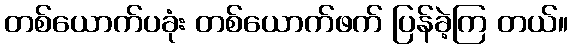
တစ်ယောက်ပခုံး တစ်ယောက်ဖက် ပြန်ခဲ့ကြ တယ်။